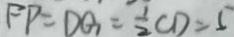
F P = D G = \frac { 1 } { 2 } C D = 5